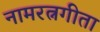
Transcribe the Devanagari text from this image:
नामरत्नगीता